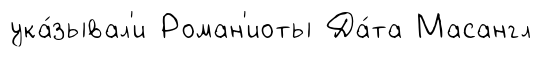
ука́зывал'и Роман'иоты Да́та Масангл